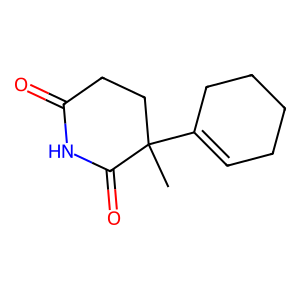
SMILES: CC1(C2=CCCCC2)CCC(=O)NC1=O
Inhibits HIV replication: No